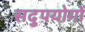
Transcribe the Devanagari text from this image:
सदुपयोगों